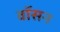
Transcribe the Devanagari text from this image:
वॉसन